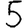
Digit: 5